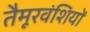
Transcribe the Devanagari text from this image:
तैमूरवंशियों